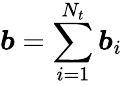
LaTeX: \boldsymbol{b}=\sum_{i=1}^{N_{t}}\boldsymbol{b}_{i}